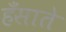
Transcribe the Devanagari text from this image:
हँसाते